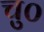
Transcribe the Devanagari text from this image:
चु०